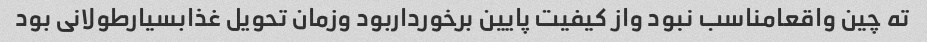
ته چین واقعامناسب نبود واز کیفیت پایین برخورداربود وزمان تحویل غذابسیارطولانی بود